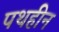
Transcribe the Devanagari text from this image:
पथहीन